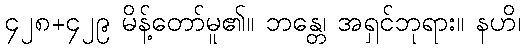
၄၂၈+၄၂၉ မိန့်တော်မူ၏။ ဘန္တေ၊ အရှင်ဘုရား။ နဟိ၊